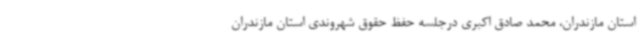
استان مازندران، محمد صادق اکبری درجلسه حفظ حقوق شهروندی استان مازندران